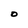
Character: O